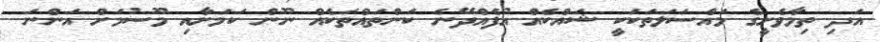
އަދި ތިމާވެށީގެ މައްސަލަތަކަކީ ޝައްކެއް އުފެއްދޭނެ ކަންތައްތަކެއް ނޫން ކަމަށާއި މޫސުމަށް އަންނަ